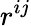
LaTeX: r^{ij}